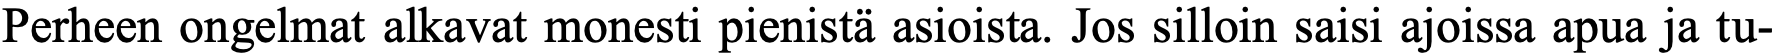
Perheen ongelmat alkavat monesti pienistä asioista. Jos silloin saisi ajoissa apua ja tu-